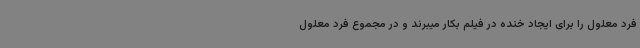
فرد معلول را برای ایجاد خنده در فیلم بکار میبرند و در مجموع فرد معلول